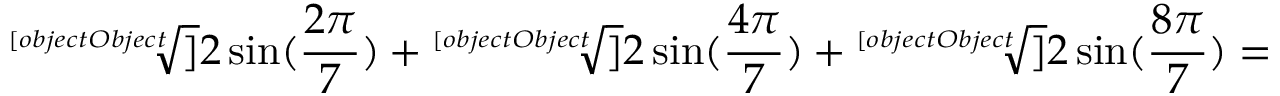
{ \sqrt [ [object Object] ] { 2 \sin ( { \frac { 2 \pi } { 7 } } ) } } + { \sqrt [ [object Object] ] { 2 \sin ( { \frac { 4 \pi } { 7 } } ) } } + { \sqrt [ [object Object] ] { 2 \sin ( { \frac { 8 \pi } { 7 } } ) } } =